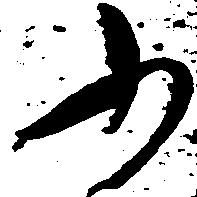
ふ